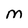
Character: M